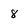
Character: 8